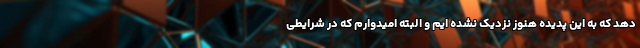
دهد که به این پدیده هنوز نزدیک نشده ایم و البته امیدوارم که در شرایطی